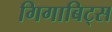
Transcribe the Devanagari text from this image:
गिगाबिट्स